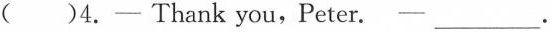
( )4.—Thank you,Peter.—___.